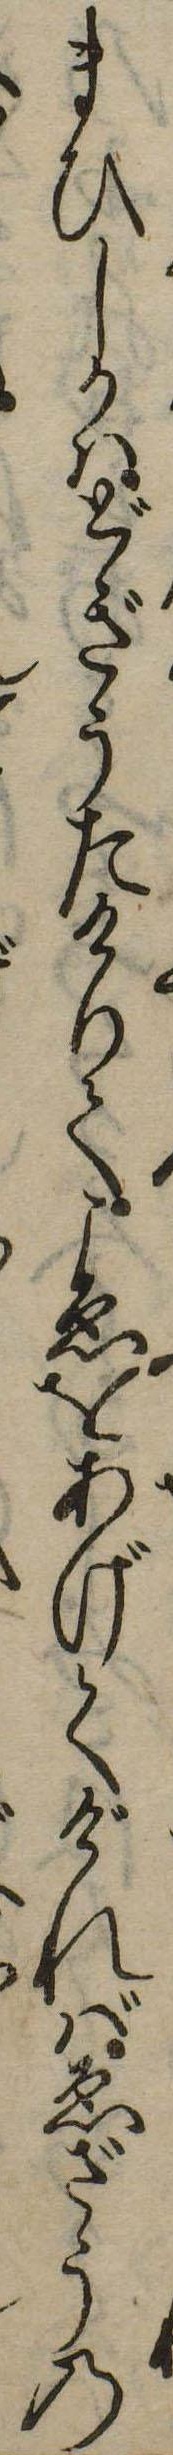
まひしかはどぎうたけりてこゑをあげてげればゑざうの